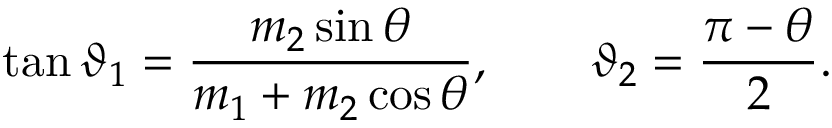
\tan \vartheta _ { 1 } = { \frac { m _ { 2 } \sin \theta } { m _ { 1 } + m _ { 2 } \cos \theta } } , \qquad \vartheta _ { 2 } = { \frac { { \pi } - { \theta } } { 2 } } .